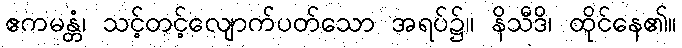
ဧကမန္တံ၊ သင့်တင့်လျောက်ပတ်သော အရပ်၌။ နိသီဒိ၊ ထိုင်နေ၏။